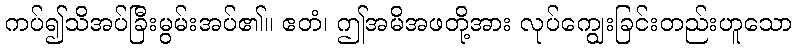
ကပ်၍သိအပ်ခြီးမွမ်းအပ်၏။ ဧတံ၊ ဤအမိအဖတို့အား လုပ်ကျွေးခြင်းတည်းဟူသော